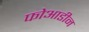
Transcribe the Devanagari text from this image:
फोआडीन